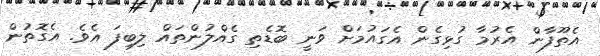
އެތޫފާން އެރުމާ ގުޅިގެން އެގައުމަށް ވަނީ ބޮޑެތި ގެއްލުންތައް ލިބިފަ އެވެ. އެގޮތުން